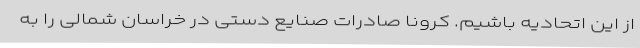
از این اتحادیه باشیم. کرونا صادرات صنایع دستی در خراسان شمالی را به